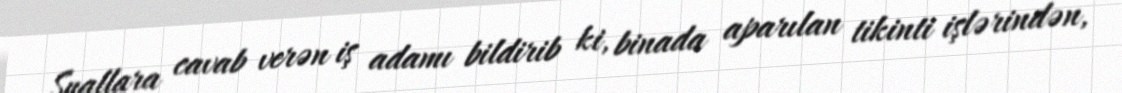
Suallara cavab verən iş adamı bildirib ki, binada aparılan tikinti işlərindən,